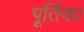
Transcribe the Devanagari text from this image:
पूर्तिका